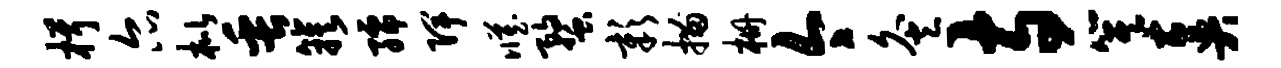
楫尔枇缶簇孺陴臧蝥彰描栅今灸寺箕奏